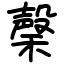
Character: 䅽